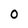
Character: O